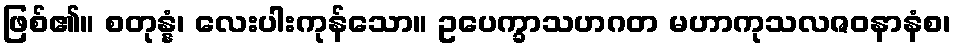
ဖြစ်၏။ စတုန္နံ၊ လေးပါးကုန်သော။ ဥပေက္ခာသဟဂတ မဟာကုသလဇဝနာနံစ၊